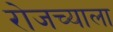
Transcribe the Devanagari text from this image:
रोजच्याला